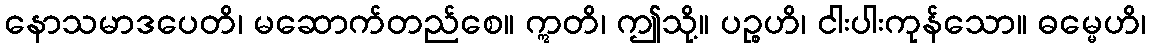
နောသမာဒပေတိ၊ မဆောက်တည်စေ။ ဣတိ၊ ဤသို့။ ပဉ္စဟိ၊ ငါးပါးကုန်သော။ ဓမ္မေဟိ၊